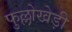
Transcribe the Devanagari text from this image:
फुल्लोखेड़ी